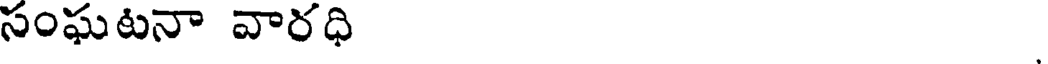
సంఘటనా వారధి